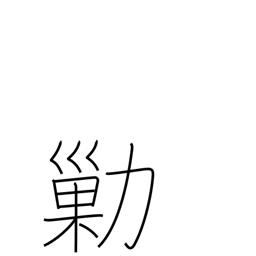
Meaning: steal